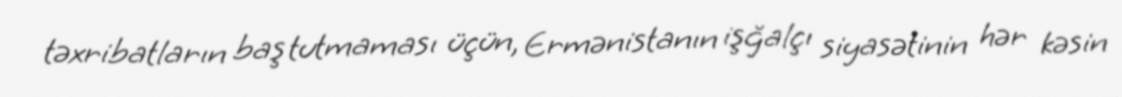
təxribatların baş tutmaması üçün, Ermənistanın işğalçı siyasətinin hər kəsin